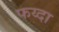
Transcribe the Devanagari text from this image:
फय्दा